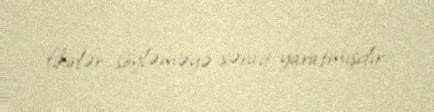
fikirlər söyləməyə şərait yaratmışdır.